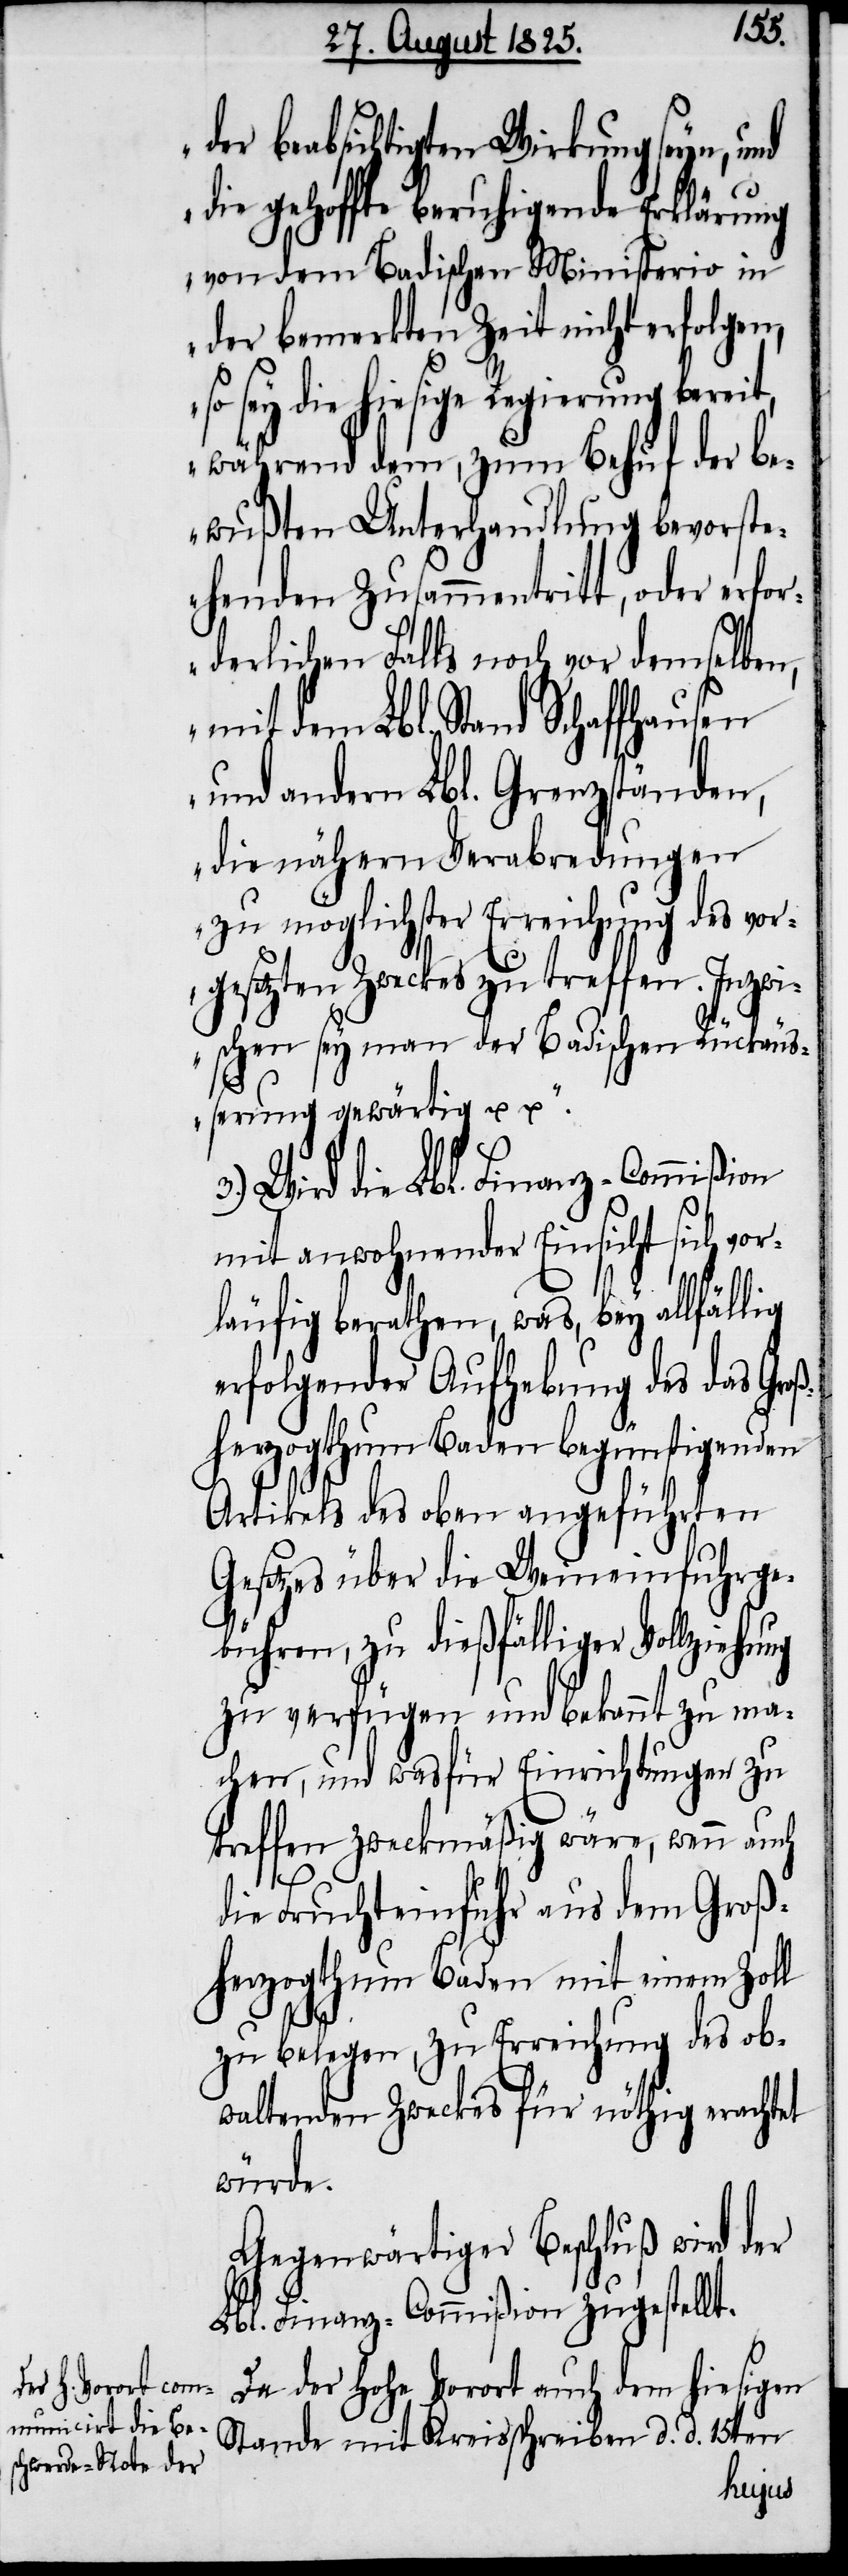
der beabsichtigten Wirkung seyn, und
die gehoffte beruhigende Zeit nicht
so sey die hiesige Regierung bereit,
während dem, zum Behuf der be¬
wußten Unterhandlung bevorste¬
henden Zusammentritt, oder erfo¬
rderlichen Falls noch vor demselben,
mit dem Lbl. Stand Schaffhausen
und andern Lbl. Grenzständen,
die nähern Verabredungen
zu möglichster Erreichung des vor¬
gesetzten Zweckes zu treffen. Inzwi¬
schen sey man der Badischen Rückäuß¬
erung gewärtig u“.
Wird die Lbl. Finanz-Commißion
mit anwohnender Einsicht sich vor¬
läufig berathen, was, bey allfällig
erfolgender Aufhebung des das Gro¬
ßherzogthum Baden begünstigenden
Artikels des oben angeführten
Gesetzes über die Weineinfuhrge¬
bühren, zu dießfälliger Vollzie¬
zu verfügen und bekannt zu ma¬
chen, und was für Einrichtungen zu
treffen zweckmäßig wäre, wenn auch
die Fruchteinfuhr aus dem Groß¬
herzogthum Baden mit einem Zoll
zu belegen, zu Erreichung des ob¬
waltenden Zweckes für nöthig erachtet
würde.
Gegenwärtiger Beschluß wird der
Lbl. Finanz-Commißion zugestellt.
Da der hohe Vorort auch dem hiesigen
Stande mit Kreisschreiben d. d. 15ten
hung